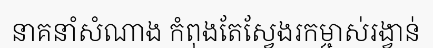
នាគនាំសំណាង កំពុងតែស្វែងរកម្ចាស់រង្វាន់